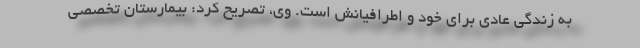
به زندگی عادی برای خود و اطرافیانش است. وی، تصریح کرد: بیمارستان تخصصی